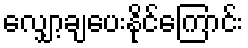
လျှော့ချပေးနိုင်ကြောင်း